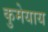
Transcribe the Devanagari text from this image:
कुमेयाय